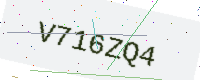
Text: V716ZQ4